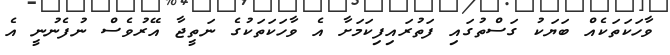
ވާހަކަތަކެއް ބަޔަކު ގަސްތުގައި ފަތުރައިފިކަމަށާ އެ ވާހަކަތަކުގެ ނަތީޖާ އޭރުވެސް ނުފެނުނީ އެ